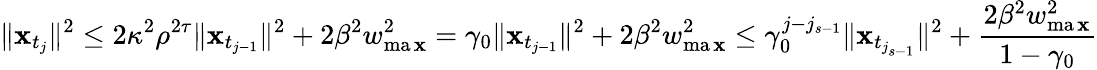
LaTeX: \| \mathbf{x}_{t_{j}}\| ^{2}\leq2\kappa^{2}\rho^{2\tau}\| \mathbf{x}_{t_{j-1}}\| ^{2}+2\beta^{2}w_{\operatorname*{ma\mathbf{x}}}^{2}=\gamma_{0}\| \mathbf{x}_{t_{j-1}}\| ^{2}+2\beta^{2}w_{\operatorname*{ma\mathbf{x}}}^{2}\leq\gamma_{0}^{j-j_{s-1}}\| \mathbf{x}_{t_{j_{s-1}}}\| ^{2}+\frac{{2\beta^{2}w_{\operatorname*{ma\mathbf{x}}}^{2}}}{{1-\gamma_{0}}}